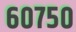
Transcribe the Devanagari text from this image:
६०७५०